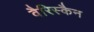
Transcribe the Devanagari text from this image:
वैरिस्कैन